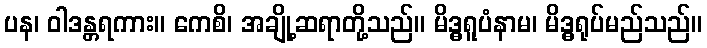
ပန၊ ဝါဒန္တရကား။ ကေစိ၊ အချို့ဆရာတို့သည်။ မိဒ္ဓရူပံနာမ၊ မိဒ္ဓရုပ်မည်သည်။